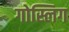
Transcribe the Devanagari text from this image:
गोस्लिग